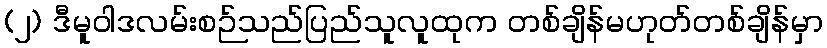
(၂) ဒီမူဝါဒလမ်းစဉ်သည်ပြည်သူလူထုက တစ်ချိန်မဟုတ်တစ်ချိန်မှာ